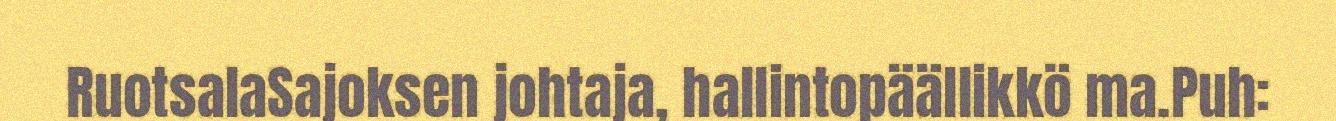
RuotsalaSajoksen johtaja, hallintopäällikkö ma.Puh: